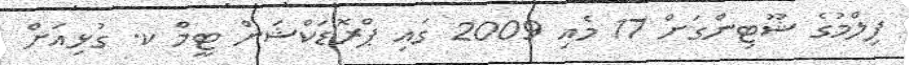
ފިލްމުގެ ޝޫޓިންގަށް 17 މެއި 2009 ގައި ޕްރޮޑަކްޝަން ޓީމް ކ. ގުޅިއަށް